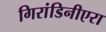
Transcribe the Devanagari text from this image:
गिरांडिनीएरा